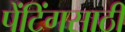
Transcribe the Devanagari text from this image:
पेंटिंगसाठी